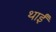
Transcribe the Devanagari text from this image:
थाईं